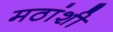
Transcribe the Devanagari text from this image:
मठांशी